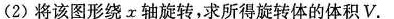
（2）将该图形绕x轴旋转，求所得旋转体的体积V.